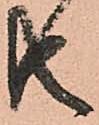
共